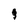
Character: g